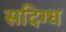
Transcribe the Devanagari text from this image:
सदिग्ध